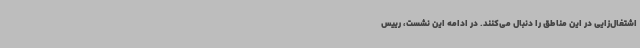
اشتغال‌زایی در این مناطق را دنبال می‌کنند. در ادامه این نشست، رییس